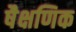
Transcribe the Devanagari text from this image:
षैक्षणिक